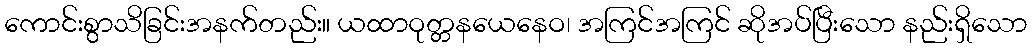
ကောင်းစွာသိခြင်းအနက်တည်း။ ယထာဝုတ္တနယေနေဝ၊ အကြင်အကြင် ဆိုအပ်ပြီးသော နည်းရှိသော